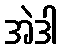
အဲဒါ